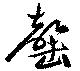
罄